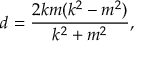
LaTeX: d = { \frac { 2 k m ( k ^ { 2 } - m ^ { 2 } ) } { k ^ { 2 } + m ^ { 2 } } } ,